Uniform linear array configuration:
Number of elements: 4
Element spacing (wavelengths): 1
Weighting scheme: cosine
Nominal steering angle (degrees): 60
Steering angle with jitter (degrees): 60.152
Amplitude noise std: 0.05
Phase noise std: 0.05

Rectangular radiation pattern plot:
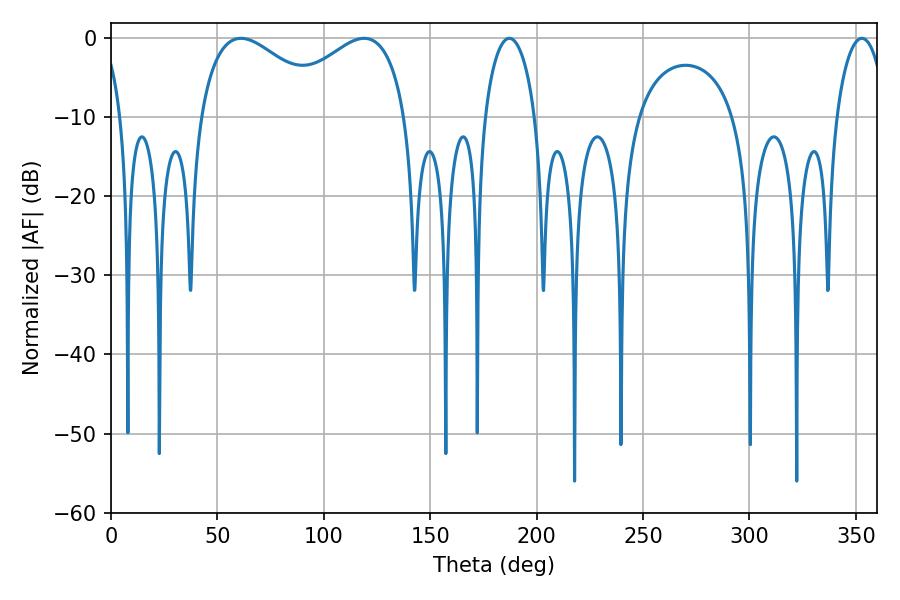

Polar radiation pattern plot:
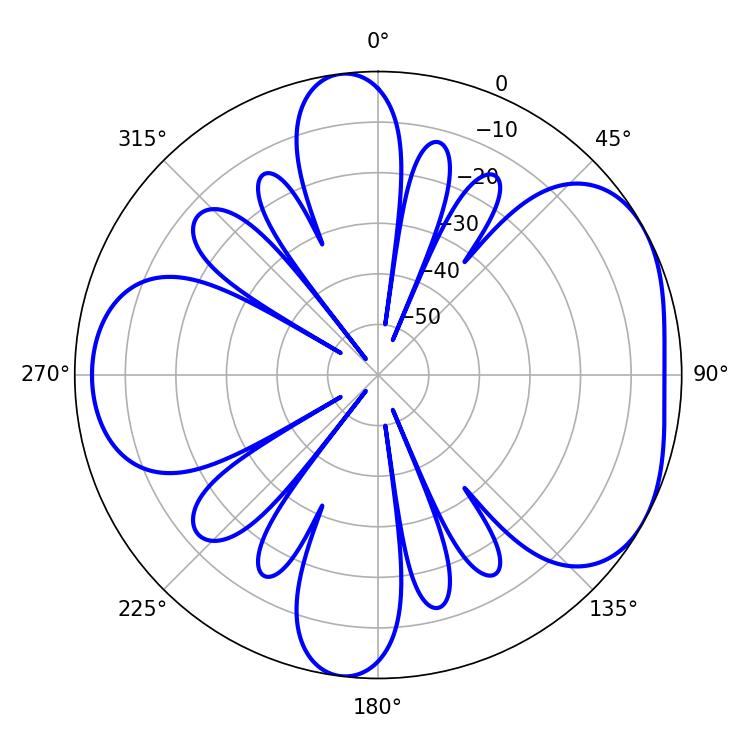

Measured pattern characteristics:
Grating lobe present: TRUE
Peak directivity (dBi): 4.73
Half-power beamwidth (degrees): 33.84
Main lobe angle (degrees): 61.02